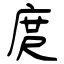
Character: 庹